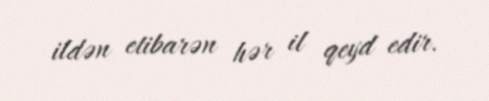
ildən etibarən hər il qeyd edir.